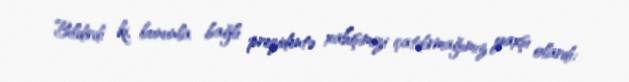
Bildirdi ki, bununla bağlı prezidentə xahişimizi çatdırmağımız yaxşı olardı: